Report on malaria in the Punjab during the year ...  together with an account of the work of the Punjab Malaria Bureau - Volume 2
Disease focus: Malaria
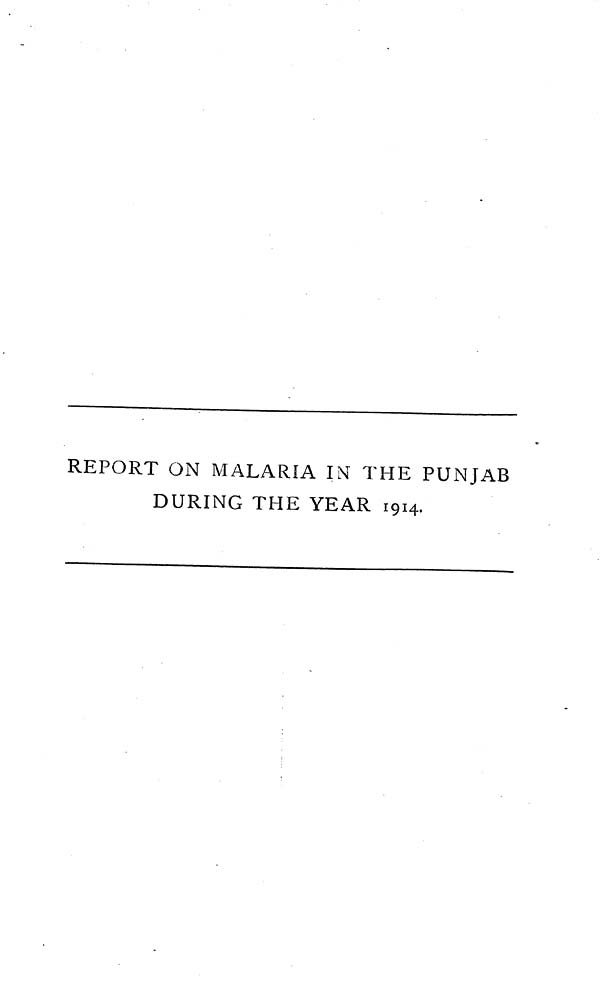
REPORT ON MALARIA IN THE PUNJAB
DURING THE YEAR 1914.